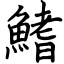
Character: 鰭